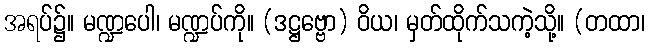
အရပ်၌။ မဏ္ဍပေါ၊ မဏ္ဍပ်ကို။ (ဒဋ္ဌဗ္ဗော) ဝိယ၊ မှတ်ထိုက်သကဲ့သို့။ (တထာ၊